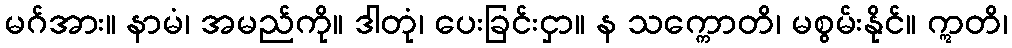
မဂ်အား။ နာမံ၊ အမည်ကို။ ဒါတုံ၊ ပေးခြင်းငှာ။ န သက္ကောတိ၊ မစွမ်းနိုင်။ ဣတိ၊